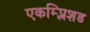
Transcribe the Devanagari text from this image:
एकम्प्लिशड